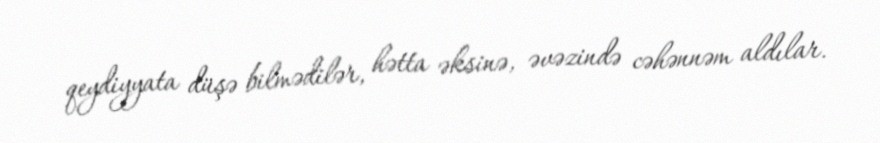
qeydiyyata düşə bilmədilər, hətta əksinə, əvəzində cəhənnəm aldılar.